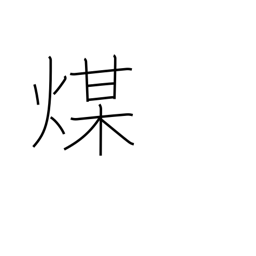
Meaning: soot